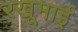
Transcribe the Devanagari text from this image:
रखूमाई